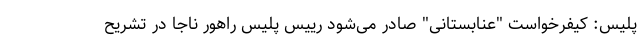
پلیس: کیفرخواست "عنابستانی" صادر می‌شود رییس پلیس راهور ناجا در تشریح